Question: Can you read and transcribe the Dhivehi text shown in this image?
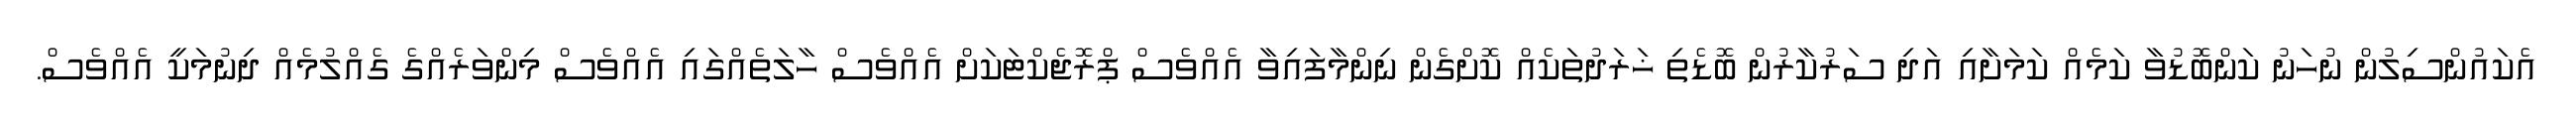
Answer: އެކައުންސިލުން ނުހަނު ކަންބޮޑުވާ ކަމެއް ކަމަށާއި އަދި ސަރުކާރުން ބޮޑެތި ޚަރަދުތަކެއް ކޮށްގެން ނިންމާފައިވާ އެއްވެސް ޕްރޮޖެކްޓަކަށް އެއްވެސް ހާލަތެއްގައި އެއްވެސް މިންވަރެއްގެ ގެއްލުމެއް ދިނުމަކީ އެއްވެސް.